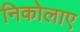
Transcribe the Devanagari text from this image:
निकोलाए